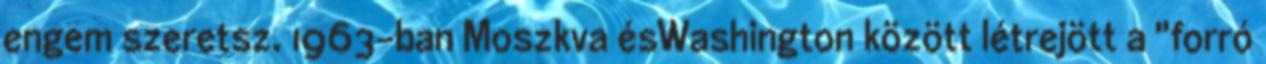
engem szeretsz. 1963-ban Moszkva ésWashington között létrejött a "forró